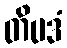
တိပဒံ